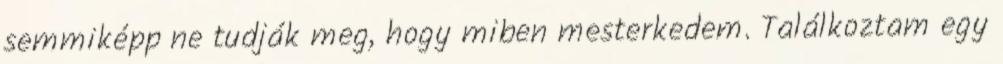
semmiképp ne tudják meg, hogy miben mesterkedem. Találkoztam egy